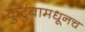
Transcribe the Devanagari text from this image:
कुटुंबामधूनच